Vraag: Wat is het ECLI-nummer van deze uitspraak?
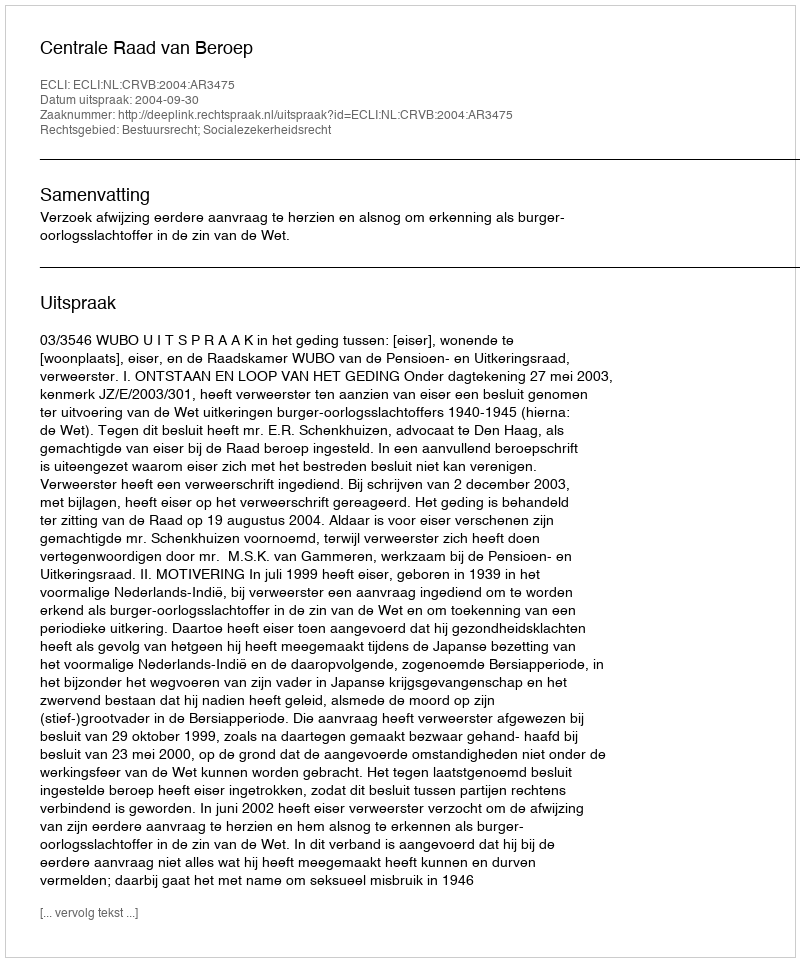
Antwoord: ECLI:NL:CRVB:2004:AR3475